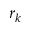
r _ { k }